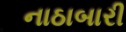
નાઠાબારી